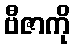
ဗီဇာကို